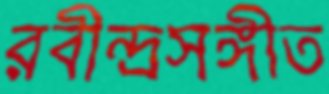
রবীন্দ্রসঙ্গীত